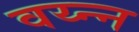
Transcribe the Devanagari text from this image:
वय्न्न